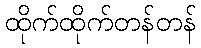
ထိုက်ထိုက်တန်တန်